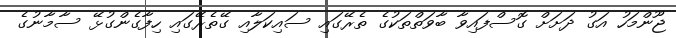
ޖޫންމަހު އަގު ދަށަށް ގޮސްފައިވާ ބާވަތްތަކުގެ ތެރޭގައި ސައިކަލާއި ގޭތެރޭގައި ހިފާގެންގުޅޭ ސާމާނުގެ